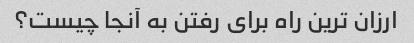
ارزان ترین راه برای رفتن به آنجا چیست؟